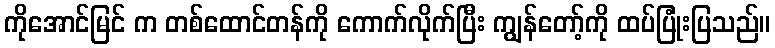
ကိုအောင်မြင် က တစ်ထောင်တန်ကို ကောက်လိုက်ပြီး ကျွန်တော့်ကို ထပ်ပြုံးပြသည်။